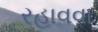
રહાવવા